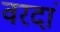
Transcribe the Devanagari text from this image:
वरदां